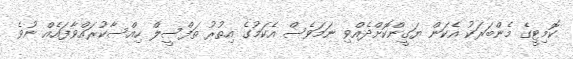
ކޮމިޓީގެ މެންބަރަކު އެކަން ޔަގީންކޮށްދެއްވި ނަމަވެސް އެކަމުގެ އިތުރު ތަފްސީލް ހިއްސާކުރައްވާފައެއް ނުވެ